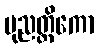
ပုညတ္ထိကော